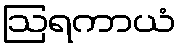
ဩရကာယံ